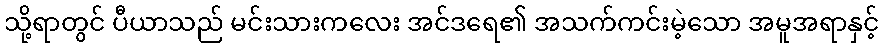
သို့ရာတွင် ပီယာသည် မင်းသားကလေး အင်ဒရေ၏ အသက်ကင်းမဲ့သော အမူအရာနှင့်